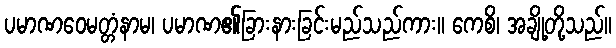
ပမာဏဝေမတ္တံနာမ၊ ပမာဏ၏ခြားနားခြင်းမည်သည်ကား။ ကေစိ၊ အချို့တို့သည်။